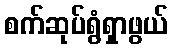
စက်ဆုပ်ရွံရှာဖွယ်